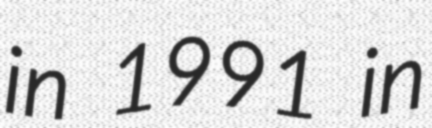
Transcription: in 1991 in